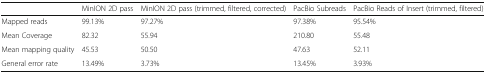
<table><thead><tr><td></td><td><b>MinION 2D pass</b></td><td><b>MinION 2D pass (trimmed, filtered, corrected)</b></td><td><b>PacBio Subreads</b></td><td><b>PacBio Reads of Insert (trimmed, filtered)</b></td></tr></thead><tbody><tr><td>Mapped reads</td><td>99.13%</td><td>97.27%</td><td>97.38%</td><td>95.54%</td></tr><tr><td>Mean Coverage</td><td>82.32</td><td>55.94</td><td>210.80</td><td>55.48</td></tr><tr><td>Mean mapping quality</td><td>45.53</td><td>50.50</td><td>47.63</td><td>52.11</td></tr><tr><td>General error rate</td><td>13.49%</td><td>3.73%</td><td>13.45%</td><td>3.93%</td></tr></tbody></table>